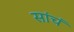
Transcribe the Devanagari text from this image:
सांचं